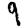
Digit: 9